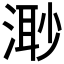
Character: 𣺌